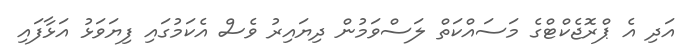
އަދި އެ ޕްރޮޖެކްޓްގެ މަސައްކަތް ލަސްވަމުން ދިޔައިރު ވެސް އެކަމުގައި ފިޔަވަޅު އަޅާފައި